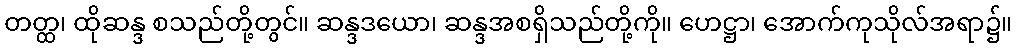
တတ္ထ၊ ထိုဆန္ဒ စသည်တို့တွင်။ ဆန္ဒဒယော၊ ဆန္ဒအစရှိသည်တို့ကို။ ဟေဋ္ဌာ၊ အောက်ကုသိုလ်အရာ၌။